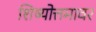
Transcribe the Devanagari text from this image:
शिष्योत्तमावर